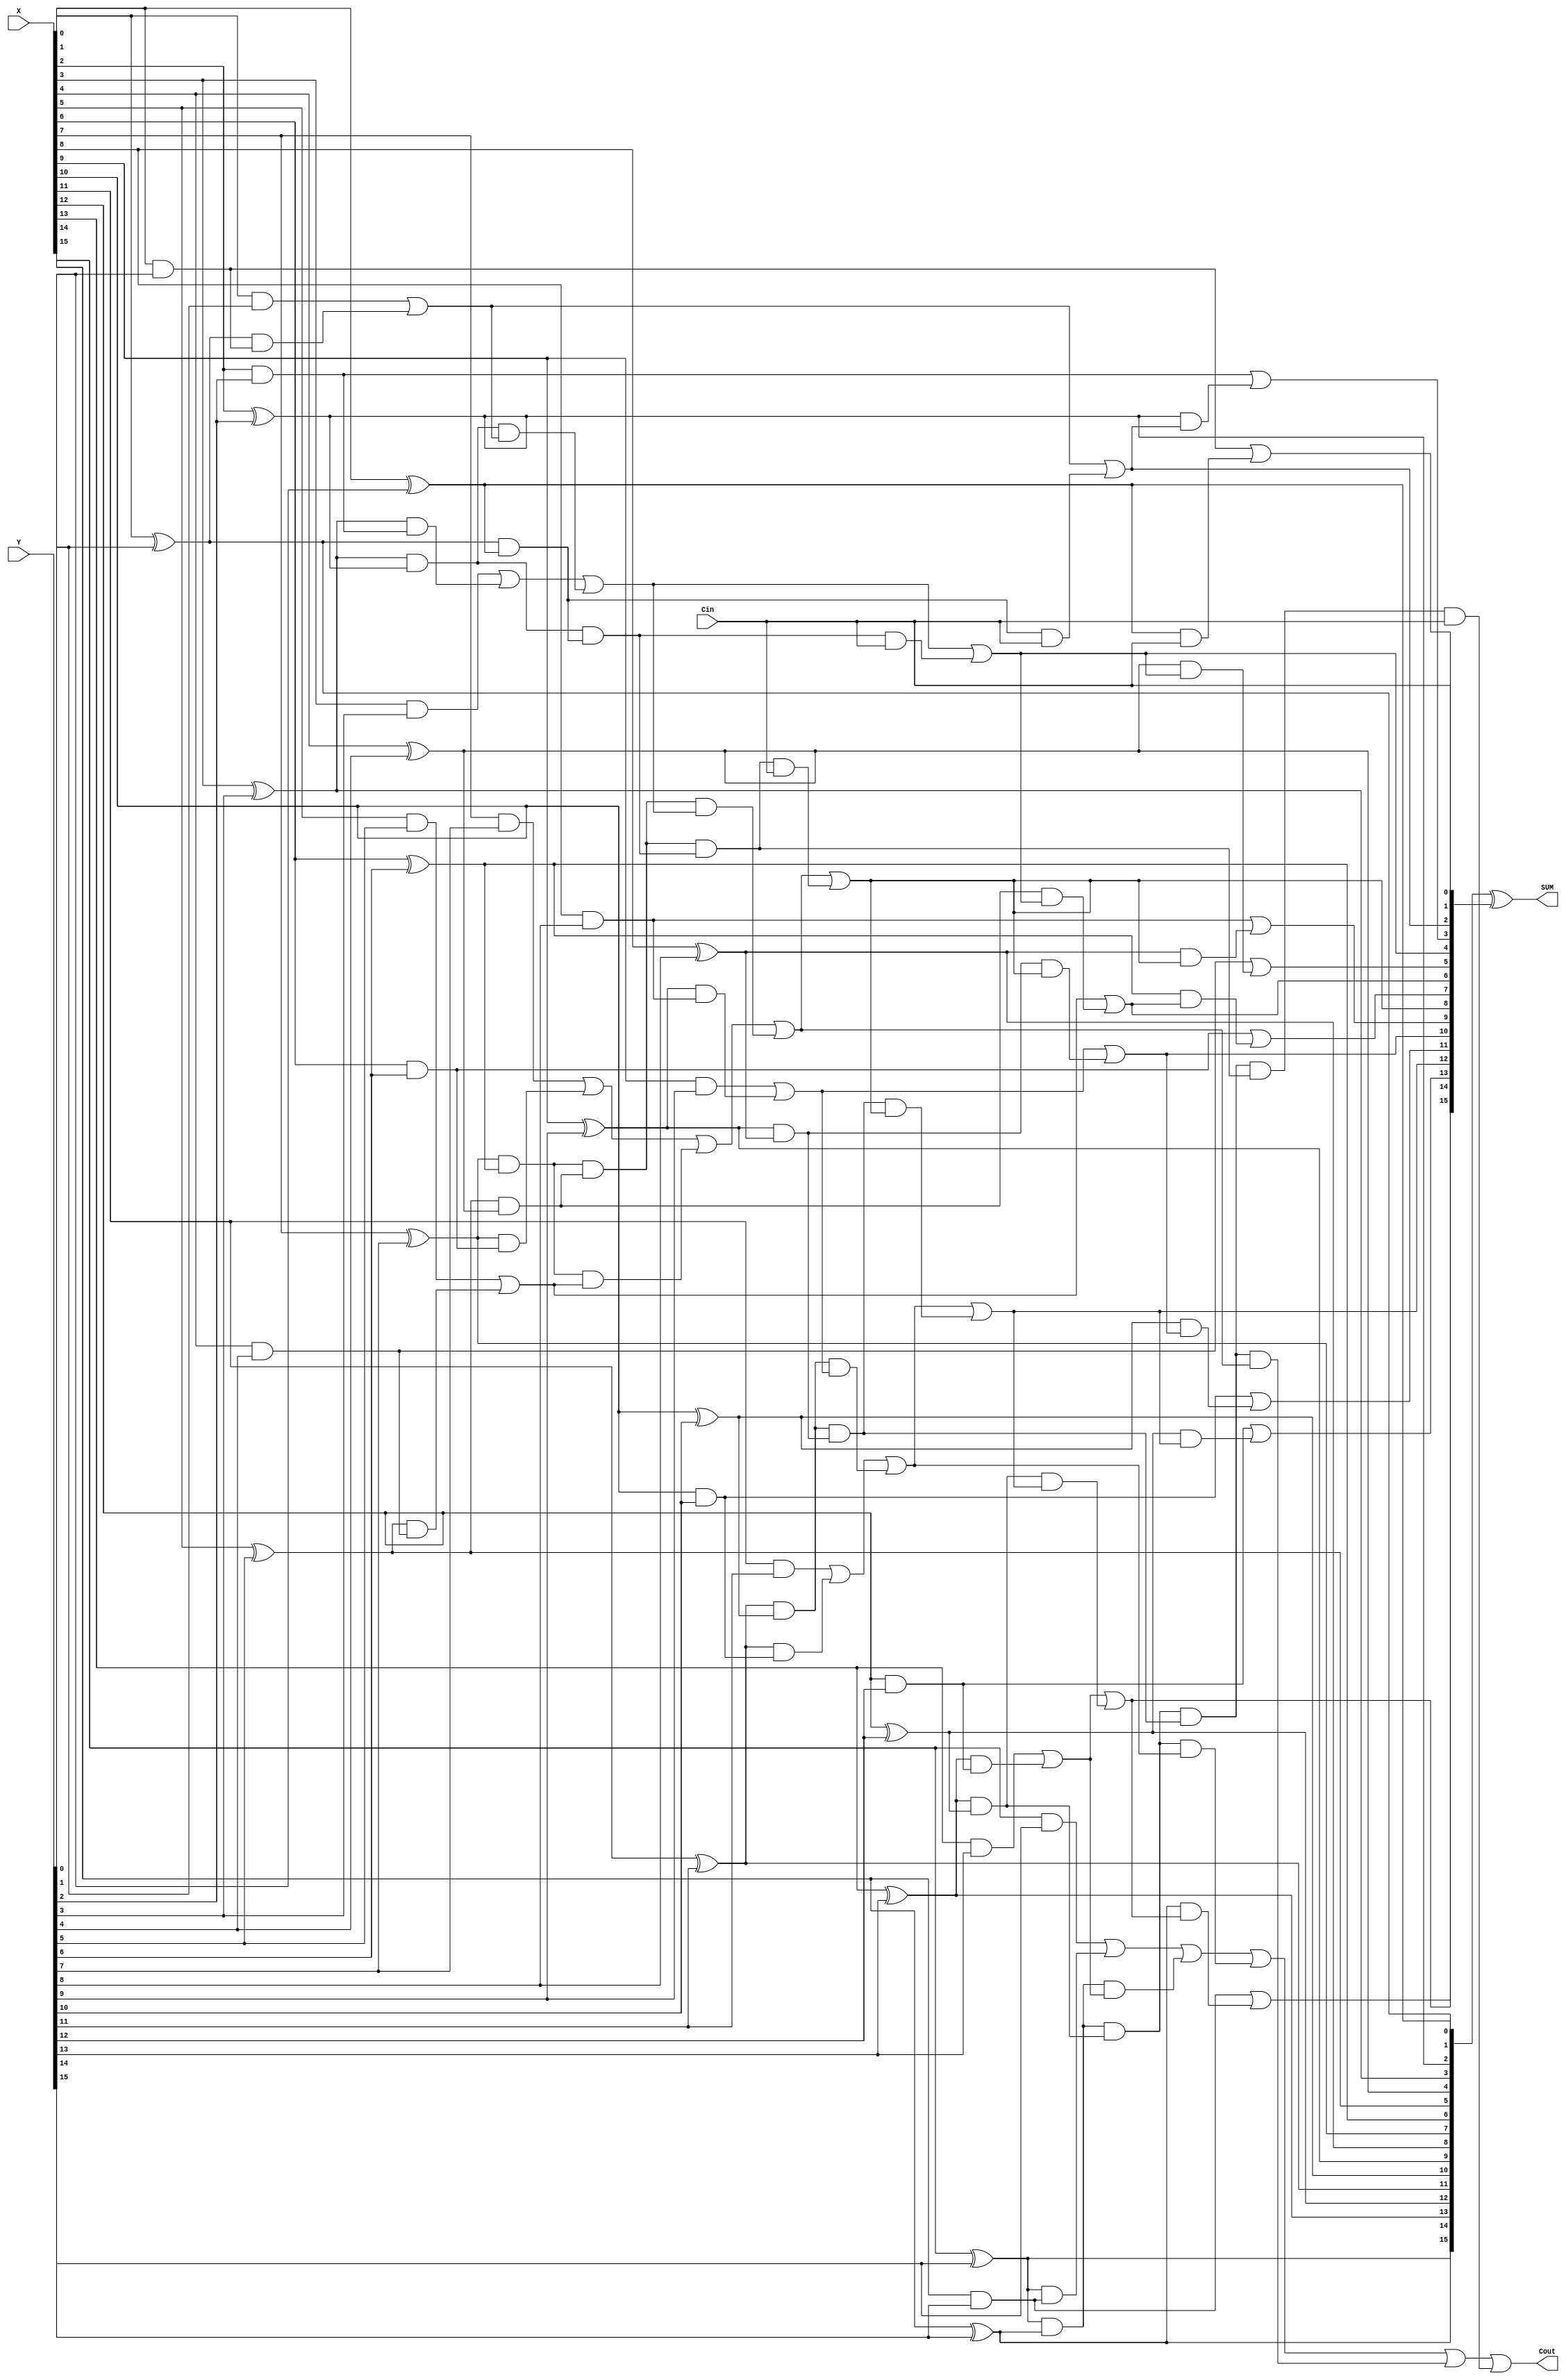
`timescale 1ns / 1ps
//////////////////////////////////////////////////////////////////////////////////
// Company: 
// Engineer: 
// 
// Design Name: 
// Module Name:    Brentkung_adder 
// Project Name: 
// Target Devices: 
// Tool versions: 
// Description: 
//
// Dependencies: 
//
// Revision: 
// Revision 0.01 - File Created
// Additional Comments: 
//
//////////////////////////////////////////////////////////////////////////////////





module Brentkung_adder (X,Y,Cin,Cout,SUM);
input [15:0] X,Y;
input Cin;
output Cout;
output [15:0] SUM;
//stage 1


wire [15:0] g1,p1;
genvar k;
generate
	for (k=0;k<=15;k=k+1)
		begin : s1
			and  (g1[k],X[k],Y[k]);
			xor (p1[k],X[k],Y[k]);
	end
endgenerate

//stage 2
wire [7:0] g2,p2;
generate
	for (k=0;k<=7;k=k+1)
		begin :s2
			assign g2[k] = g1[2*k+1]  | ( p1[2*k+1] & g1[2*k] ) ;
			and (p2[k],p1[2*k +1],p1[2*k]);
		end
endgenerate
		
//stage 3
		
wire [3:0] g3,p3;
generate 
			for(k=0;k<=3;k=k+1)
				begin :s3	
					assign g3[k] = g2[2*k+1]  | ( p2[2*k+1] & g2[2*k] ) ;
					and (p3[k],p2[2*k +1],p2[2*k]);
				end
endgenerate

//stage 4
wire [1:0] g4,p4;
generate 
			for(k=0;k<=1;k=k+1)
				begin	:s4
						assign g4[k] = g3[2*k+1]  | ( p3[2*k+1] & g3[2*k] ) ;
					and (p4[k],p3[2*k +1],p3[2*k]);
				end
endgenerate


//stage 5
wire g5,p5;
assign g5 = g4[1] | ( p4[1] & g4[0] );
and (p5,p4[1],p4[0]);


wire [16:0] C;

assign C[0] = Cin;
assign C[1] = g1[0] | (p1[0]&C[0]);
assign C[2] = g2[0] | (p2[0]&C[0]);
assign C[4] = g3[0] | (p3[0]&C[0]);
assign C[8] = g4[0] | (p4[0]&C[0]);
assign C[16] = g5 | (p5&C[0]);

assign C[3] = g1[2] | (p1[2]&C[2]);
assign C[5] = g1[4] | (p1[4]&C[4]);
assign C[9] = g1[8] | (p1[8]&C[8]);
assign C[6] = g2[2] | (p2[2]&C[4]);
assign C[10] = g2[4] | (p2[4]&C[8]);
assign C[12] = g3[2] | (p3[2]&C[8]);

assign C[7] = g1[6] | (p1[6]&C[6]);
assign C[11] = g1[10] | (p1[10]&C[10]);
assign C[13] = g1[12] | (p1[12]&C[12]);
assign C[14] = g2[6] | (p2[6]&C[12]);
assign C[15] = g1[14] | (p1[14]&C[14]);

assign SUM[15:0] = p1[15:0] ^ C[15:0];

assign Cout = C[16];


endmodule